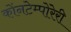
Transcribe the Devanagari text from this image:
कोंनटेम्पोरेरी